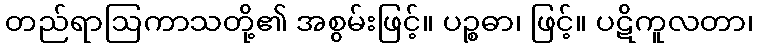
တည်ရာဩကာသတို့၏ အစွမ်းဖြင့်။ ပဉ္စဓာ၊ ဖြင့်။ ပဋိကူလတာ၊